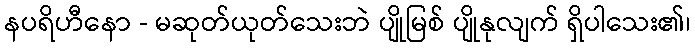
နပရိဟီနော - မဆုတ်ယုတ်သေးဘဲ ပျိုမြစ် ပျိုနုလျက် ရှိပါသေး၏၊